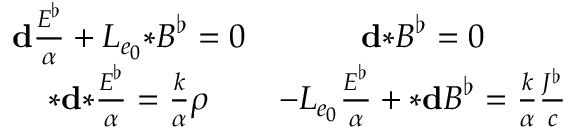
\begin{array} { c c } { \mathbf { d } \frac { \boldsymbol { E } ^ { \flat } } { \alpha } + L _ { e _ { 0 } } { \boldsymbol { * } } \boldsymbol { B } ^ { \flat } = 0 } & { \mathbf { d } { \boldsymbol { * } } \boldsymbol { B } ^ { \flat } = 0 } \\ { { \boldsymbol { * } } \mathbf { d } { \boldsymbol { * } } \frac { \boldsymbol { E } ^ { \flat } } { \alpha } = \frac { k } { \alpha } \rho } & { - L _ { e _ { 0 } } \frac { \boldsymbol { E } ^ { \flat } } { \alpha } + { \boldsymbol { * } } \mathbf { d } \boldsymbol { B } ^ { \flat } = \frac { k } { \alpha } \frac { \boldsymbol { J ^ { \flat } } } { c } } \end{array}